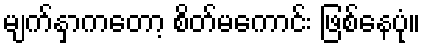
မျက်နှာကတော့ စိတ်မကောင်း ဖြစ်နေပုံ။